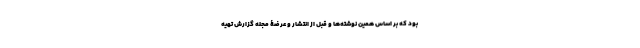
بود که بر اساس همین نوشته‌ها و قبل از انتشار و عرضۀ مجله گزارش تهیه